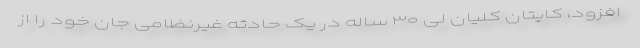
افزود، کاپتان کلیان لی ۳۰ ساله در یک حادثه غیرنظامی جان خود را از